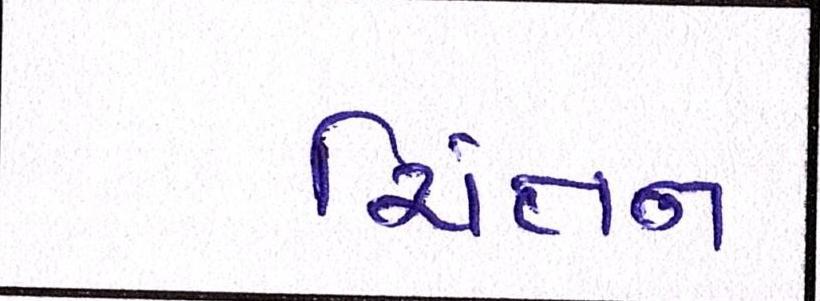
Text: ચિંતન